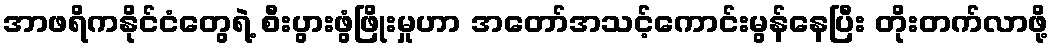
အာဖရိကနိုင်ငံတွေရဲ့ စီးပွားဖွံဖြိုးမှုဟာ အတော်အသင့်ကောင်းမွန်နေပြီး တိုးတက်လာဖို့